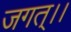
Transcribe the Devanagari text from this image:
जगत्।।